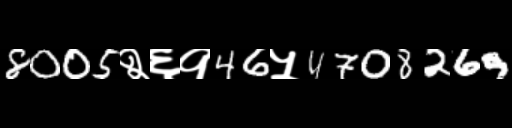
Text: 8005२६१46५4708269